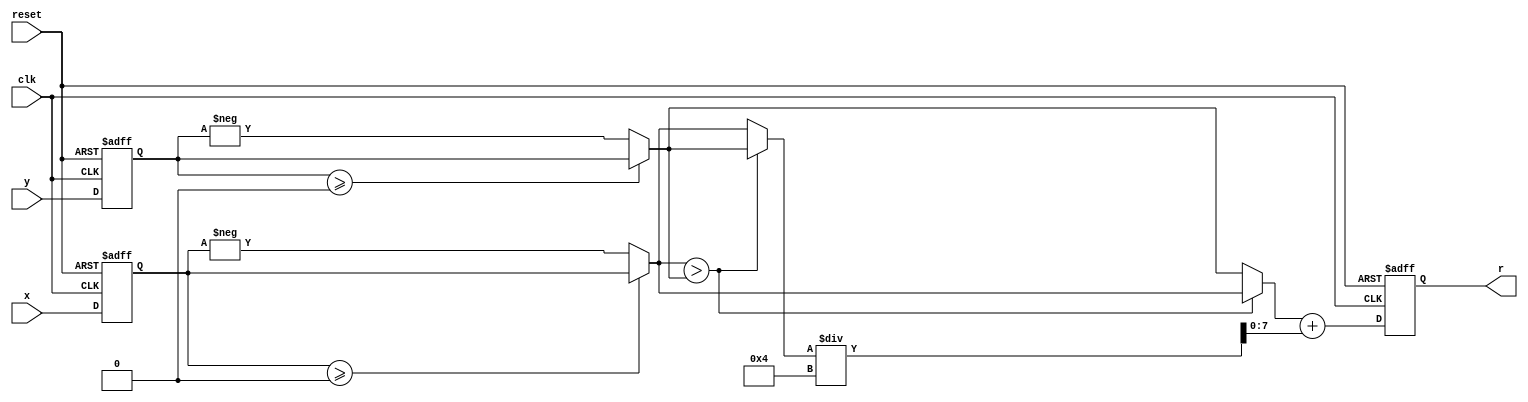
module magnitude
    (input clk, // System clock
    input reset, // Asynchron reset
    input signed [7:0] x, y, // System input
    output reg signed [7:0] r);// System output

    reg signed [7:0] x_r, y_r, ax, ay, mi, ma;
    // Approximate the magnitude via
    // r = alpha*max(|x|,|y|) + beta*min(|x|,|y|)
    // use alpha=1 and beta=1/4

    always @(posedge reset or posedge clk) // Control the
        if (reset) begin // system sample at clk rate
            x_r <= 0; y_r <= 0; // Asynchronous clear
        end else begin
            x_r <= x; y_r <= y;
        end
    always @* begin
        ax = (x_r>=0)? x_r : -x_r; // Take absolute values first
        ay = (y_r>=0)? y_r : -y_r;
        if (ax > ay) begin // Determine max and min values
            mi = ay;
            ma = ax;
        end else begin
            mi = ax;
            ma = ay;
        end
    end
    always @(posedge reset or posedge clk)
        if (reset) // Asynchronous clear
            r <= 0;
        else
            r <= ma + mi/4; // Compute r=alpha*max+beta*min
endmodule